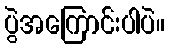
ပွဲအကြောင်းပါပဲ။